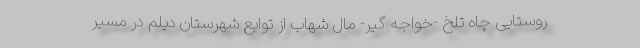
روستایی چاه تلخ -خواجه گیر- مال شهاب از توابع شهرستان دیلم در مسیر